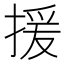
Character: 援